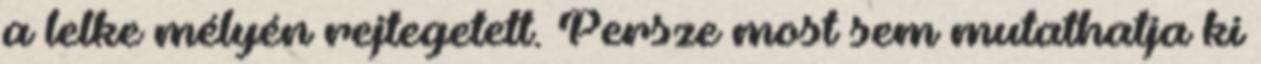
a lelke mélyén rejtegetett. Persze most sem mutathatja ki